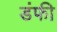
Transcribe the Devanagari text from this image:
डंफी